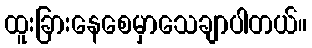
ထူးခြားနေစေမှာသေချာပါတယ်။